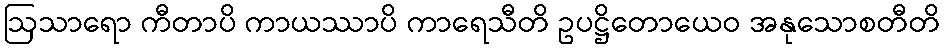
ဩသာရော ကီတာပိ ကာယဿာပိ ကာရေသီတိ ဥပဋ္ဌိတောယေဝ အနုသောစတီတိ